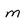
Character: m